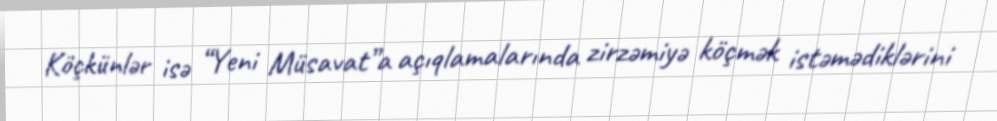
Köçkünlər isə “Yeni Müsavat”a açıqlamalarında zirzəmiyə köçmək istəmədiklərini